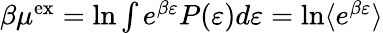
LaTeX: \begin{array}{r}{\beta\mu^{\mathrm{{ex}}}=\ln\int e^{\beta\varepsilon}P(\varepsilon)d\varepsilon=\ln\langle e^{\beta\varepsilon}\rangle}\end{array}